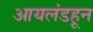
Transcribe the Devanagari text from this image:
आयलंडहून